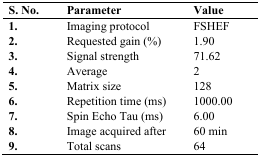
<table><thead><tr><td><b>S. No.</b></td><td><b>Parameter</b></td><td><b>Value</b></td></tr></thead><tbody><tr><td><b>1.</b></td><td>Imaging protocol</td><td>FSHEF</td></tr><tr><td><b>2.</b></td><td>Requested gain (%)</td><td>1.90</td></tr><tr><td><b>3.</b></td><td>Signal strength</td><td>71.62</td></tr><tr><td><b>4.</b></td><td>Average</td><td>2</td></tr><tr><td><b>5.</b></td><td>Matrix size</td><td>128</td></tr><tr><td><b>6.</b></td><td>Repetition time (ms)</td><td>1000.00</td></tr><tr><td><b>7.</b></td><td>Spin Echo Tau (ms)</td><td>6.00</td></tr><tr><td><b>8.</b></td><td>Image acquired after</td><td>60 min</td></tr><tr><td><b>9.</b></td><td>Total scans</td><td>64</td></tr></tbody></table>